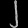
Digit: ၂